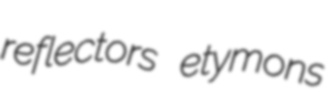
reflectors etymons